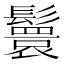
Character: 鬟